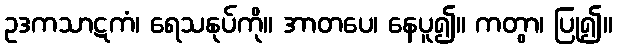
ဥဒကသာဋကံ၊ ရေသနုပ်ကို။ အာတပေ၊ နေပူ၍။ ကတွာ၊ ပြု၍။